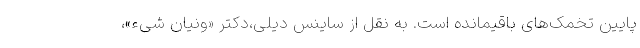
پایین تخمک‌های باقیمانده است. به نقل از ساینس دیلی،دکتر «ونیان شیء»،